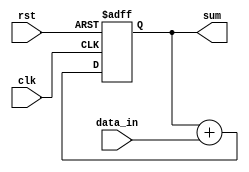
module accumulator (
    input wire clk,
    input wire rst,
    input wire [7:0] data_in,
    output reg [15:0] sum
);

always @(posedge clk or posedge rst) begin
    if (rst) begin
        sum <= 16'b0;
    end else begin
        sum <= sum + data_in;
    end
end

endmodule